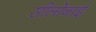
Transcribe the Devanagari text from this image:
सीलोनाई